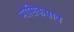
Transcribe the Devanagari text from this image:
मासिकस्राव